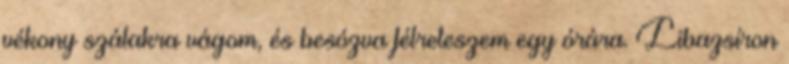
vékony szálakra vágom, és besózva félreteszem egy órára. Libazsíron